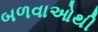
બળવાઓથી